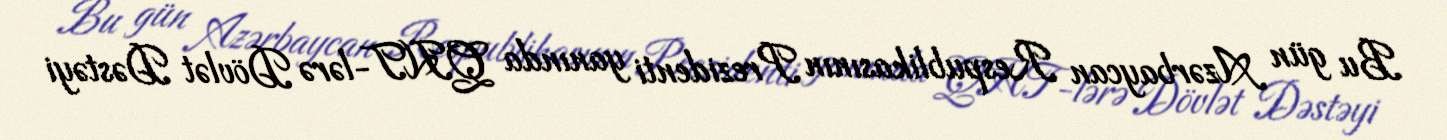
Bu gün Azərbaycan Respublikasının Prezidenti yanında QHT-lərə Dövlət Dəstəyi